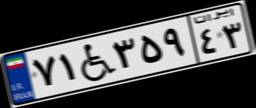
۷۱W۳۵۹۴۳